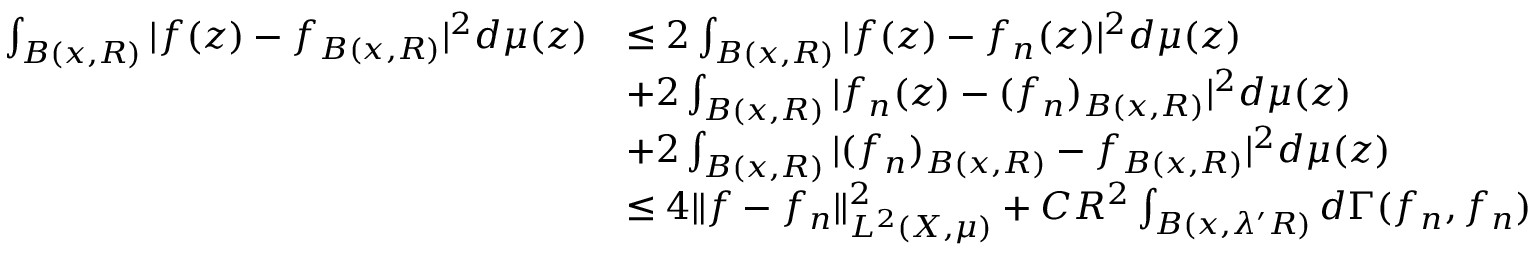
\begin{array} { r l } { \int _ { B ( x , R ) } | f ( z ) - f _ { B ( x , R ) } | ^ { 2 } d \mu ( z ) } & { \leq 2 \int _ { B ( x , R ) } | f ( z ) - f _ { n } ( z ) | ^ { 2 } d \mu ( z ) } \\ & { + 2 \int _ { B ( x , R ) } | f _ { n } ( z ) - ( f _ { n } ) _ { B ( x , R ) } | ^ { 2 } d \mu ( z ) } \\ & { + 2 \int _ { B ( x , R ) } | ( f _ { n } ) _ { B ( x , R ) } - f _ { B ( x , R ) } | ^ { 2 } d \mu ( z ) } \\ & { \leq 4 \| f - f _ { n } \| _ { L ^ { 2 } ( X , \mu ) } ^ { 2 } + C R ^ { 2 } \int _ { B ( x , \lambda ^ { \prime } R ) } d \Gamma ( f _ { n } , f _ { n } ) } \end{array}